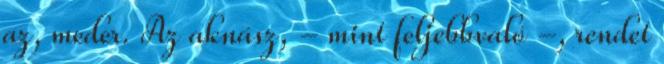
az, meder. Az aknász, - mint feljebbvaló -, rendet